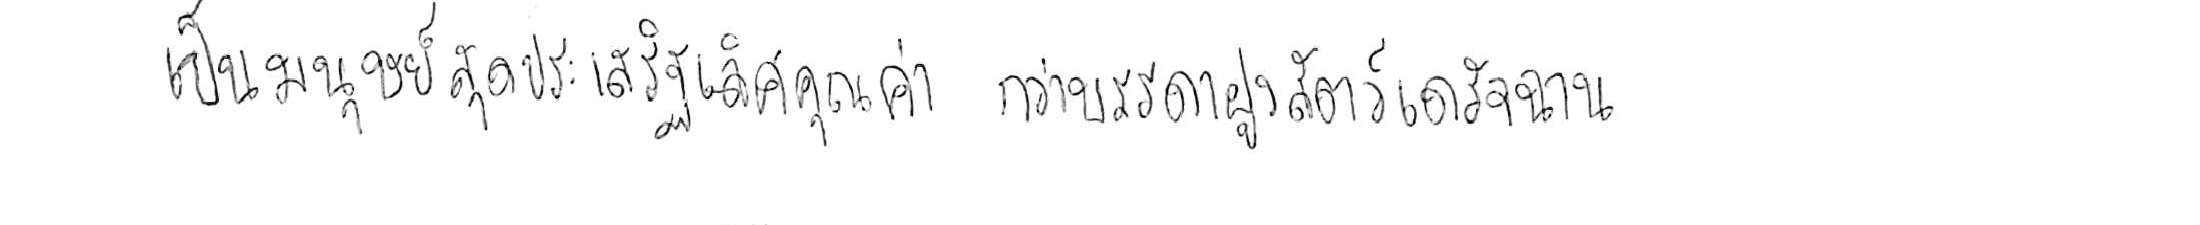
เป็นมนุษย์สุดประเสริฐเลิศคุณค่า กว่าบรรดาฝูงสัตว์เดรัจฉาน